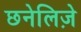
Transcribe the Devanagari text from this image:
छनेलिज़े